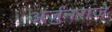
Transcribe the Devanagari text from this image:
अर्जुनराजे